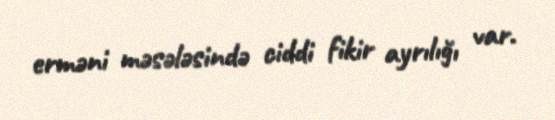
erməni məsələsində ciddi fikir ayrılığı var.